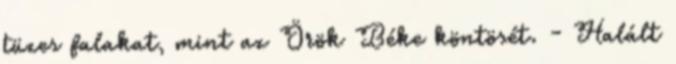
tüzes falakat, mint az Örök Béke köntösét. - Halált